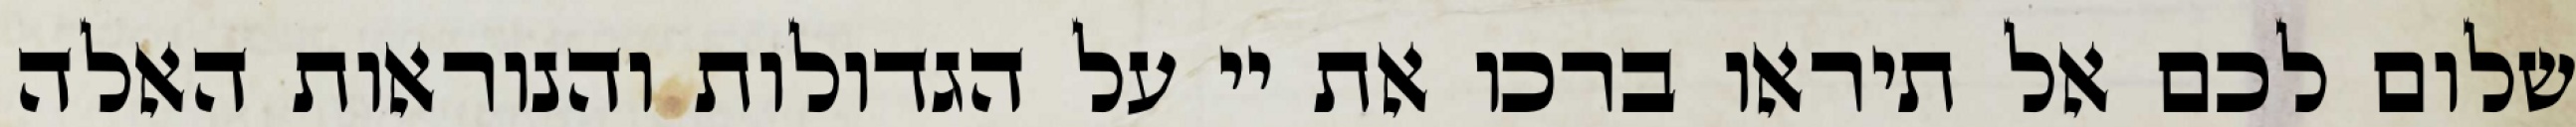
שלום לכם אל תיראו ברכו את יי על הגדולות והנוראות האלה